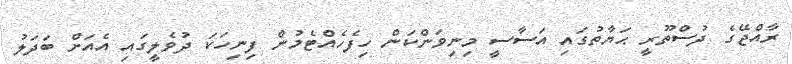
ރާއްޖޭގެ ދުސްތޫރީ ޙަޔާތުގައި އަސާސީ މިނިވަންކަން ހިފެހެއްޓެމުން ފިނިހަކަ ދުވެލީގައި އެއަށް ބަދަލު